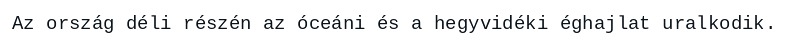
Az ország déli részén az óceáni és a hegyvidéki éghajlat uralkodik.